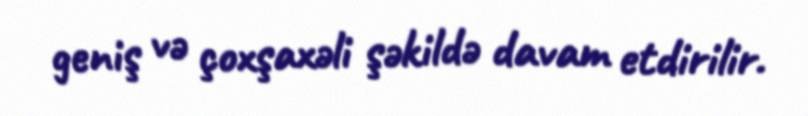
geniş və çoxşaxəli şəkildə davam etdirilir.